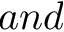
a n d